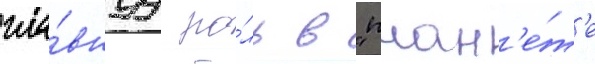
гла́внуу ро́ль в "план'е́т'е